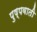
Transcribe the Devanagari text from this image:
पुष्पवाती